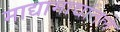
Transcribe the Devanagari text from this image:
माद्यामाद्यांतले